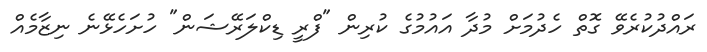
ރައްދުކުރެވޭ ގޮތް ހެދުމަށް މުދާ އައުމުގެ ކުރިން "ފްރީ ޑިކްލަރޭޝަން" ހުށަހެޅޭނެ ނިޒާމެއް